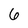
Character: 6